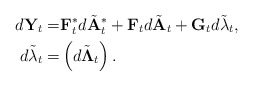
\begin{align*}d\mathbf{Y}_t =& \mathbf{F}_t^{\ast}d\tilde{\mathbf{A}}_t^{\ast} +\mathbf{F}_t d\tilde{\mathbf{A}}_t+ \mathbf{G}_t d\tilde{\mathbf{\lambda}}_t,\\d\tilde{\mathbf{\lambda}}_t =& \left(d\tilde{\mathbf{\Lambda}}_t\right).\end{align*}